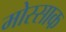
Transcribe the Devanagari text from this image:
मोस्साक